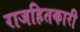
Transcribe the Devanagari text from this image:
राजहितकारी